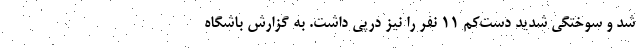
شد و سوختگی شدید دست‌کم ۱۱ نفر را نیز درپی داشت. به گزارش باشگاه